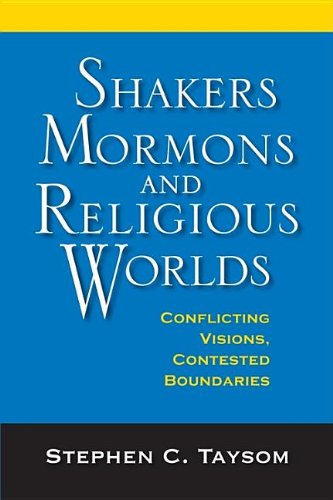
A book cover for Shakers, Mormons, and Religious Worlds: Conflicting Visions, Contested Boundaries (Religion in North America); Stephen C. Taysom; Christian Books & Bibles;